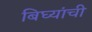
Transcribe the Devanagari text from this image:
बिघ्यांची